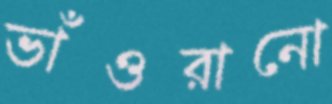
ভাঁওরানো